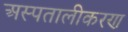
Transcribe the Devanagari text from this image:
अस्पतालीकरण